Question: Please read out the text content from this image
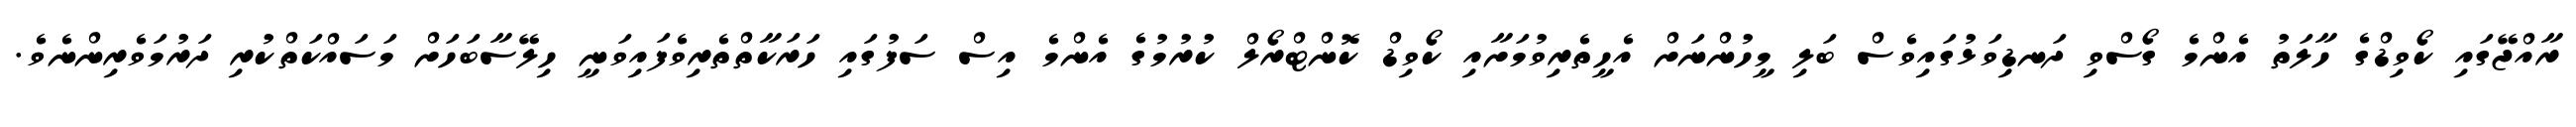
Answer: ރާއްޖޭގައި ކޯވިޑްގެ ހާލަތު އެންމެ ގޯސްވި ދަނޑިވަޅުގައިވެސް ބަލި މީހުންނަށް އެހީތެރިވުމަށާއި ކޯވިޑް ކޮންޓްރޯލް ކުރުމުގެ އެންމެ އިސް ސަފުގައި ހަރަކާތްތެރިވެފައިވަނީ ހިލޭސާބަހަށް މަސައްކަތްކުރި ދަރުމަވެރިންނެވެ.